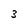
Character: 3